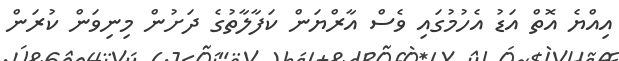
އިއްޔެ އޮތް އަޑު އެހުމުގައި ވެސް އާރްޔަން ކަފާލާތުގެ ދަށުން މިނިވަން ކުރަން